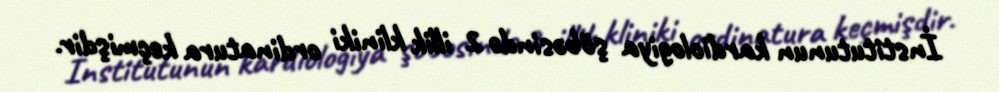
İnstitutunun kardiologiya şöbəsində 2 illik kliniki ordinatura keçmişdir.